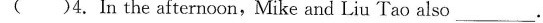
( )4.In the afternoon,Mike and Liu Tao also ___.